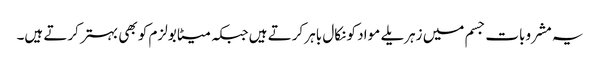
یہ مشروبات جسم میں زہریلے مواد کو نکال باہر کرتے ہیں جبکہ میٹابولزم کو بھی بہتر کرتے ہیں۔